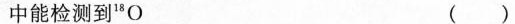
中能检测到^{18}O ()